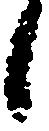
候